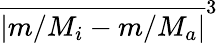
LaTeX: \overline{{|m/M_{i}-m/M_{a}|}}^{3}